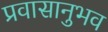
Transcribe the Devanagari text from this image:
प्रवासानुभव